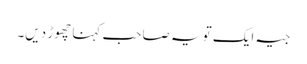
جیہ ایک تو یہ صاحب کہنا چھوڑ دیں۔